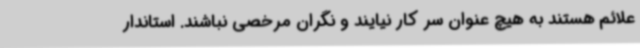
علائم هستند به هیچ عنوان سر کار نیایند و نگران مرخصی نباشند. استاندار